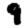
Digit: 9